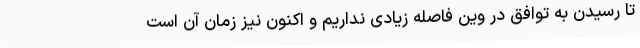
تا رسیدن به توافق در وین فاصله زیادی نداریم و اکنون نیز زمان آن است